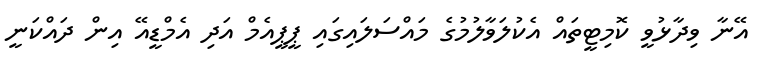
އޭނާ ވިދާޅުވީ ކޮމިޓީތައް އެކުލަވާލުމުގެ މައްސަލައިގައި ޕީޕީއެމް އަދި އެމްޑީއޭ އިން ދައްކަނީ